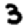
Digit: 3